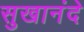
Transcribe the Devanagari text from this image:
सुखानंदे